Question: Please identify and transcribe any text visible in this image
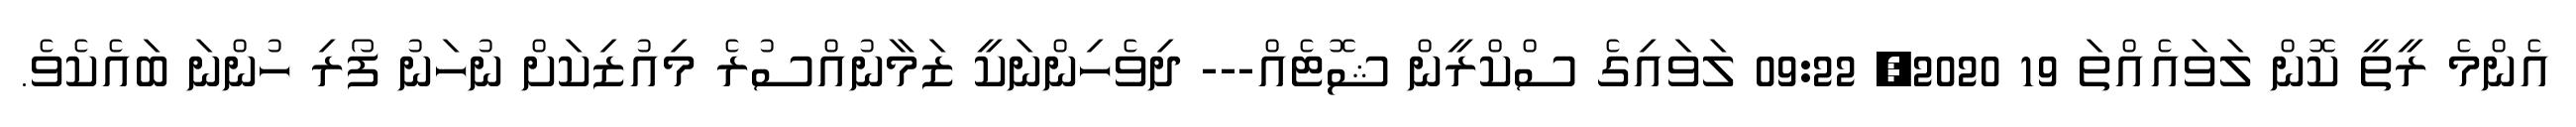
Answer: އެންމެ ރީތީ ކޮން ލަވައެއްތަ 19 2020, 09:22 ލަވައިގެ ސްކްރީން ޝޮޓެއް--- ދިވެހިންނަކީ ޒަމާނުއްސުރެ މިއުޒިކަށް ނުހަނު ފޯރި ހުންނަ ބައެކެވެ.